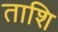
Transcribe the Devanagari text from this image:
ताशि